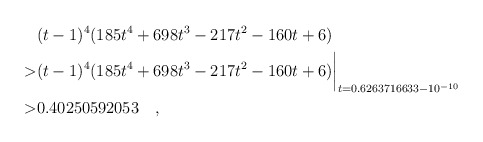
\begin{align*} & (t-1)^4(185t^4+698t^3-217t^2-160t+6) \\ > & (t-1)^4(185t^4+698t^3-217t^2-160t+6)\biggr\rvert_{t=0.6263716633 - 10^{-10}} \\ > & 0.40250592053\quad , \end{align*}